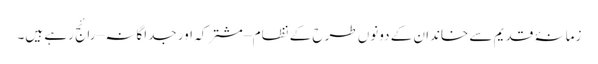
زمانۂ قدیم سے خاندان کے دونوں طرح کے نظام – مشترکہ اور جداگانہ – رائج رہے ہیں۔